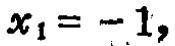
$x_{1}=-1,$